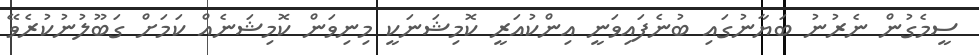
ސީމެގުން ނެރުނު ބަޔާނުގައި ބުނެފައިވަނީ އިންކުއަރީ ކޮމިޝަނަކީ މިނިވަން ކޮމިޝަނެއް ކަމަށް ގަބޫލުނުކުރެވޭ